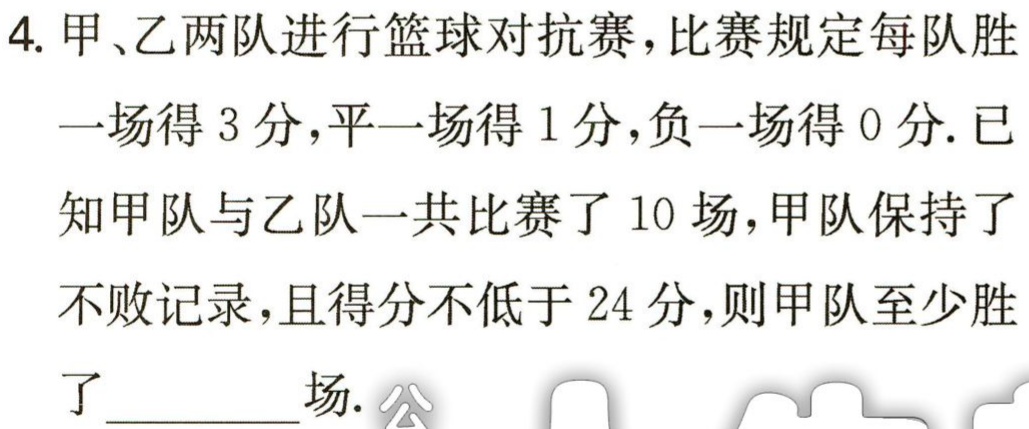
4. 甲、乙两队进行篮球对抗赛，比赛规定每队胜一场得 3 分，平一场得 1 分，负一场得 0 分. 已知甲队与乙队一共比赛了 10 场，甲队保持了不败记录，且得分不低于 24 分，则甲队至少胜了________场.